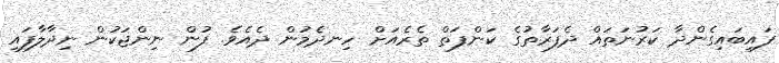
ފައިބައިގެންދާ ކަރުނަތައް ދެފަރާތުގެ ކަންފަތް ތެރެއަށް ހިނދެމުން ދެއެވެ. ފުން ނިންޖަކުން ނިދާލާފައި